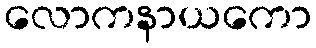
လောကနာယကော